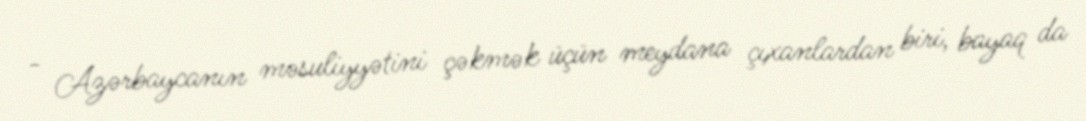
- Azərbaycanın məsuliyyətini çəkmək üçün meydana çıxanlardan biri, bayaq da